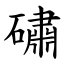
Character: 䃤